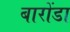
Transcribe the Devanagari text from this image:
बारोंडा